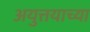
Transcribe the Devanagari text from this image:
अयुत्तयाच्या